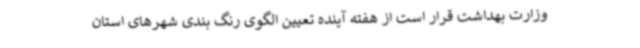
وزارت بهداشت قرار است از هفته آینده تعیین الگوی رنگ بندی شهرهای استان